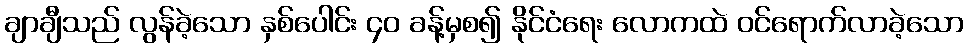
ချာချီသည် လွန်ခဲ့သော နှစ်ပေါင်း ၄၀ ခန့်မှစ၍ နိုင်ငံရေး လောကထဲ ဝင်ရောက်လာခဲ့သော